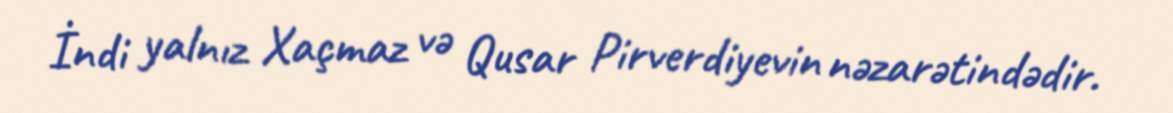
İndi yalnız Xaçmaz və Qusar Pirverdiyevin nəzarətindədir.